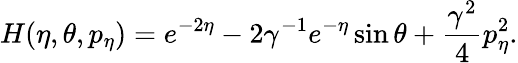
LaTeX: H(\eta,\theta,p_{\eta})=e^{-2\eta}-2\gamma^{-1}e^{-\eta}\sin\theta+\frac{\gamma^{2}}{4}p_{\eta}^{2}.